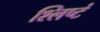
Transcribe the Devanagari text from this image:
श्लिष्टं